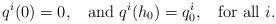
LaTeX: \begin{align*}q^{i}(0) = 0, \; \; \mbox{ and } q^{i}(h_0) = q_{0}^{i}, \; \; \mbox{ for all } i.\end{align*}